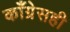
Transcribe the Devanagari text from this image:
काँग्रेसही